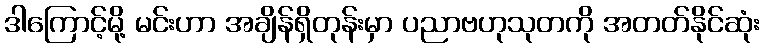
ဒါကြောင့်မို့ မင်းဟာ အချိန်ရှိတုန်းမှာ ပညာဗဟုသုတကို အတတ်နိုင်ဆုံး